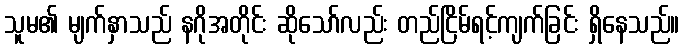
သူမ၏ မျက်နှာသည် နဂိုအတိုင်း ဆိုသော်လည်း တည်ငြိမ်ရင့်ကျက်ခြင်း ရှိနေသည်။